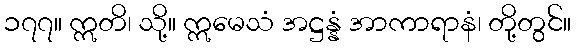
၁၇၇။ ဣတိ၊ သို့။ ဣမေသံ အဋ္ဌန္နံ အာကာရာနံ၊ တို့တွင်။